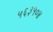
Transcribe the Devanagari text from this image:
५६३५०४